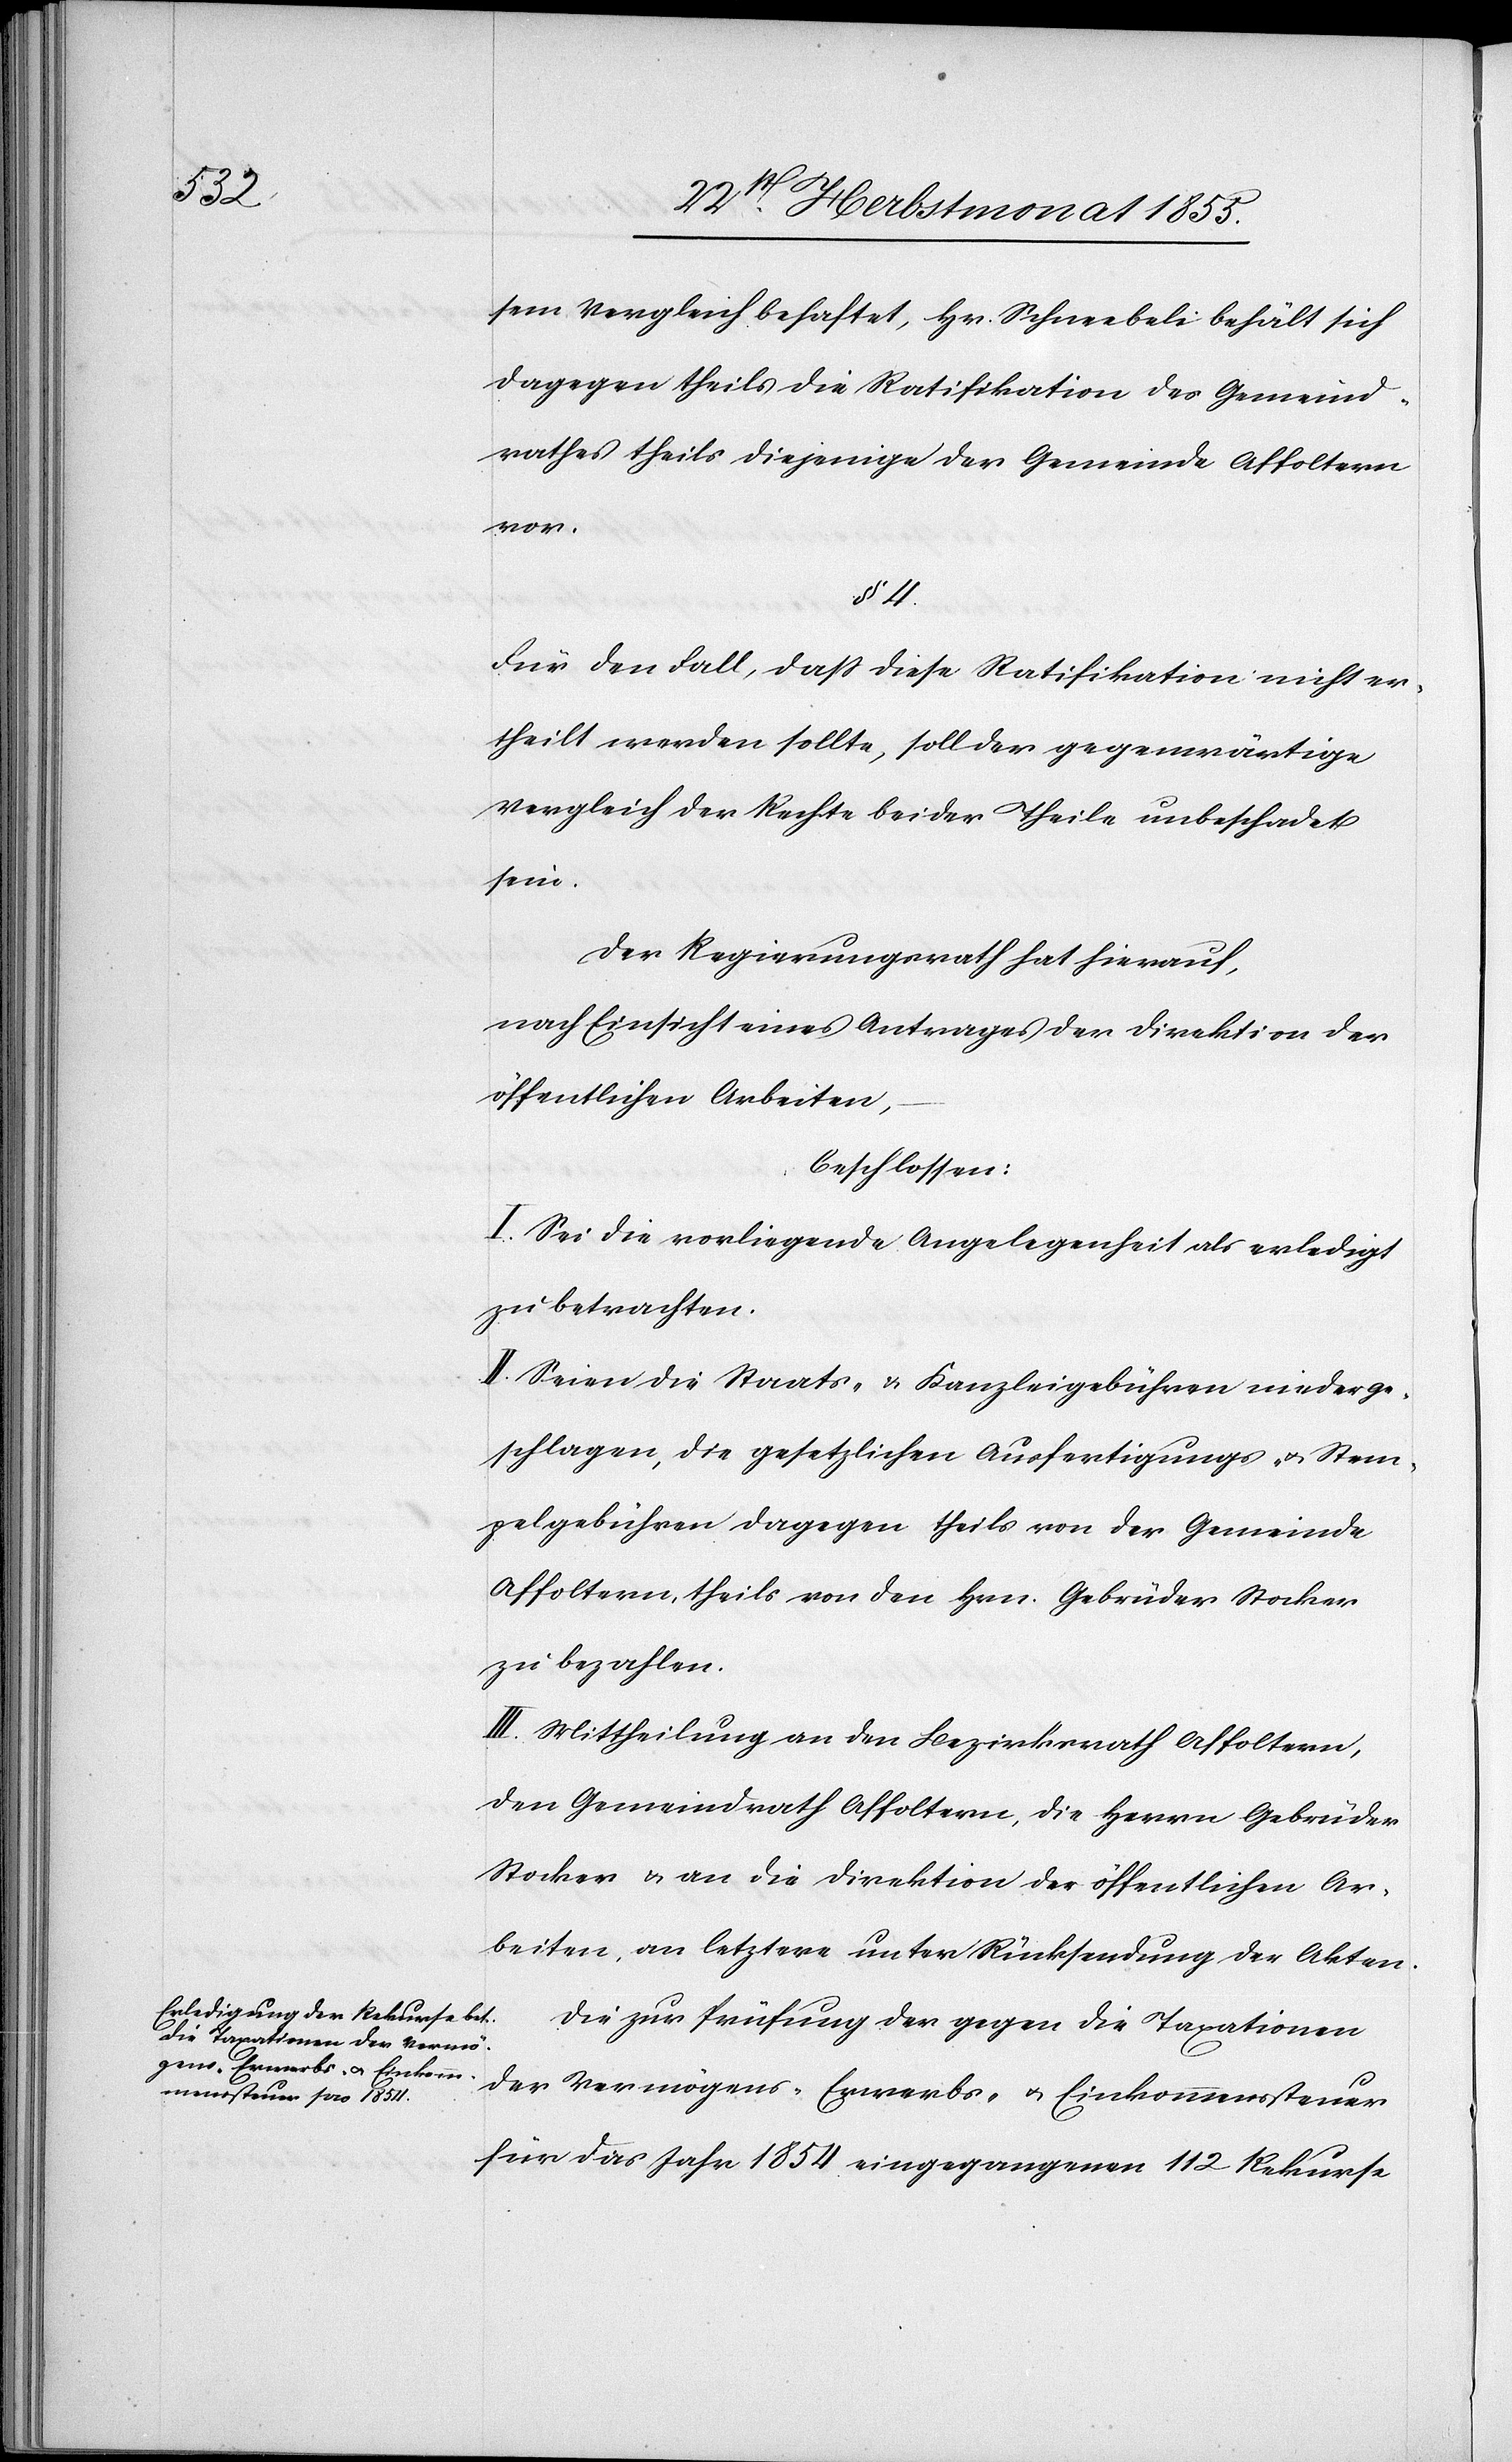
sem Vergleich behaftet, Hr. Schneebeli behält sich
dagegen theils die Ratifikation des Gemeind¬
rathes theils diejenige der Gemeinde Affoltern
vor.
§ 4.
Für den Fall, dass diese Ratifikation nicht er¬
theilt werden sollte, soll der gegenwärtige
Vergleich der Rechte beider Theile unbeschadet
sein.
Der Regierungsrath hat hierauf,
nach Einsicht eines Antrages der Direktion der
öffentlichen Arbeiten,
beschlossen:
I. Sei die vorliegende Angelegenheit als erledigt
zu betrachten.
II. Seien die Staats- & Kanzleigebühren niederge¬
schlagen, die gesetzlichen Ausfertigungs- & Stem¬
pelgebühren dagegen theils von der Gemeinde
Affoltern, theils von den Hrn. Gebrüder Stocker
zu bezahlen.
III. Mittheilung an den Bezirksrath Affoltern,
den Gemeindrath Affoltern, die Herren Gebrüder
Stocker & an die Direktion der öffentlichen Ar¬
beiten, an letztere unter Rücksendung der Akten.
Die zur Prüfung der gegen die Taxationen
der Vermögens-[,] Erwerbs- & Einkommenssteuer
für das Jahr 1854 eingegangenen 112 Rekurse